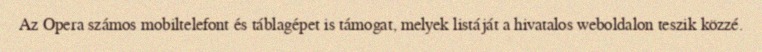
Az Opera számos mobiltelefont és táblagépet is támogat, melyek listáját a hivatalos weboldalon teszik közzé.